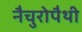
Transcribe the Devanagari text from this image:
नैचुरोपैथी